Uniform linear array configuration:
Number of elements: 64
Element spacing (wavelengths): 0.25
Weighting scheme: binomial
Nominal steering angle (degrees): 15
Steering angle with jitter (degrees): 15.07
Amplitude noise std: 0.05
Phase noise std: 0.05

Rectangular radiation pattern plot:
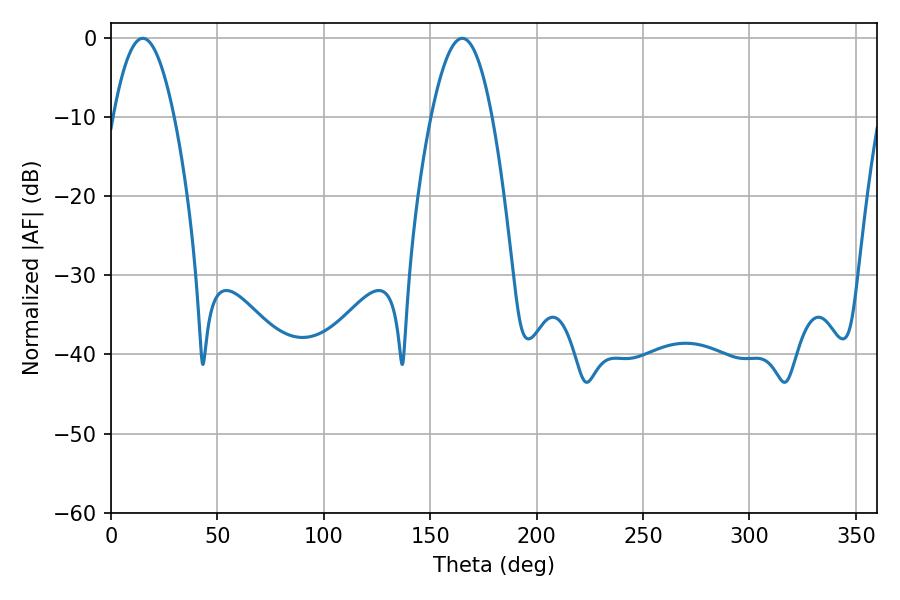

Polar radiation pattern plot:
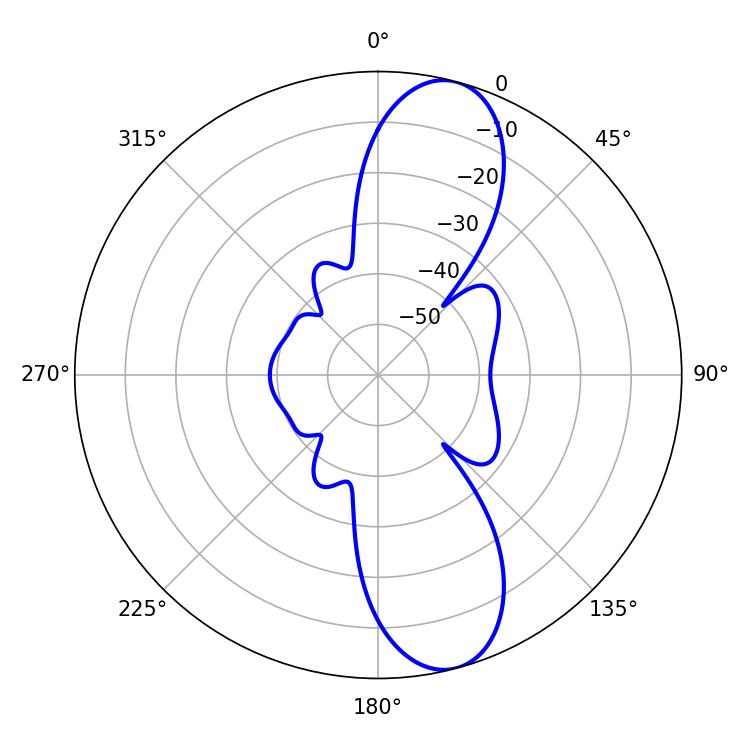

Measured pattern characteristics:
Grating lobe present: FALSE
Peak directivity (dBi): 11.171
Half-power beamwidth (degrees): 15.66
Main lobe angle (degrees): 14.94